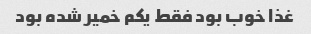
غذا خوب بود فقط یکم خمیر شده بود